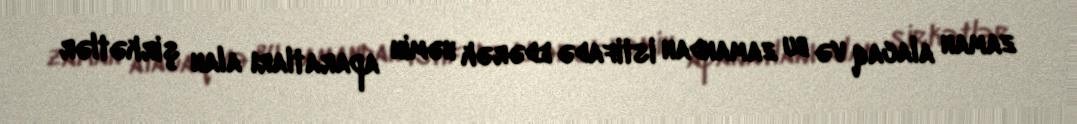
zaman alacaq və bu zamandan istifadə edərək həmin aparatları alan şirkətlər